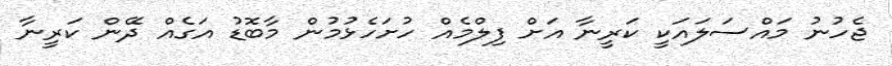
ޖެހުނު މައްސަލައަކީ ކަރީނާ އަށް ފިލްމެއް ހުށަހެޅުމުން މާބޮޑު އަގެއް ދޭން ކަރީނާ